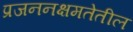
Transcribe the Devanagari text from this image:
प्रजननक्षमतेतील